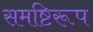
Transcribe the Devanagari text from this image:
समष्टिरूप